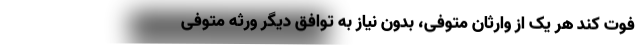
فوت کند هر یک از وارثان متوفی، بدون نیاز به توافق دیگر ورثه متوفی